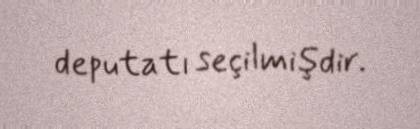
deputatı seçilmişdir.